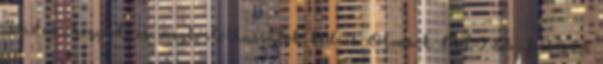
is adom, hogy Ti is, megkóstolhassátok, kedves Olvasók MÉZES-FÜGÉS